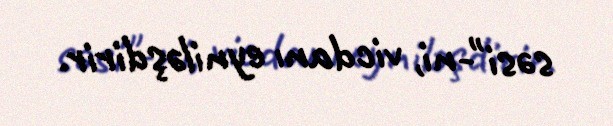
səsi"-ni, vicdanı eyniləşdirir.